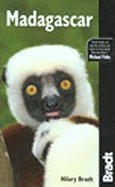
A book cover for Bradt Travel Guide Madagascar 9th EDITION [PB,2007]; Travel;